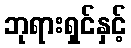
ဘုရားရှင်နှင့်